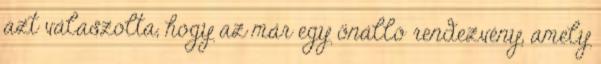
azt válaszolta, hogy az már egy önálló rendezvény, amely